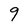
Character: 9